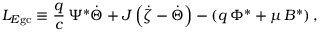
L _ { E \mathrm { g c } } \equiv \frac { q } { c } \, \Psi ^ { * } \dot { \Theta } + J \left( \dot { \zeta } - \dot { \Theta } \right) - \left( q \, \Phi ^ { * } + \mu \, B ^ { * } \right) ,